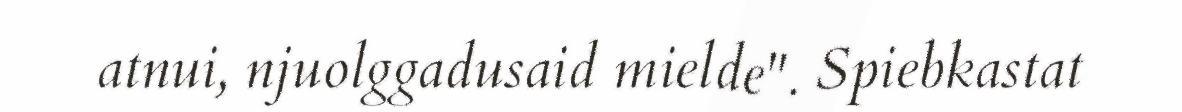
atnui, njuolggadusaid mielde". Spiebkastat